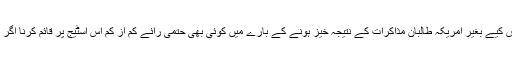
یہ وہ سوالات ہیں جن کا جواب تلاش کیے بغیر امریکہ طالبان مذاکرات کے نتیجہ خیز ہونے کے بارے میں کوئی بھی حتمی رائے کم از کم اس اسٹیج پر قائم کرنا اگر ناممکن نہیں تو مشکل ضرور ہوگا۔